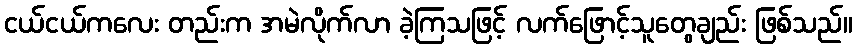
ငယ်ငယ်ကလေး တည်းက အမဲလိုက်လာ ခဲ့ကြသဖြင့် လက်ဖြောင့်သူတွေချည်း ဖြစ်သည်။